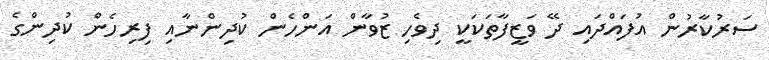
ސަރުކާރުން އުފައްދައި ދޭ ވަޒީފާތަކަކީ ދިވެހި ޒުވާން އަންހެން ކުދިންނާއި ފިރިހެން ކުދިންގެ